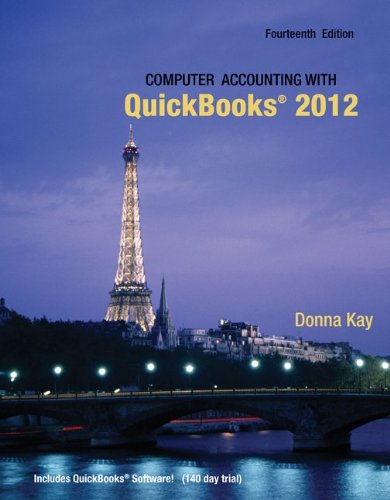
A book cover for Computer Accounting with Quickbooks 2012 and Student CD; Donna Kay; Computers & Technology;